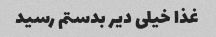
غذا خیلی دیر بدستم رسید